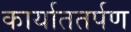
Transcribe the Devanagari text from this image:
कार्याततर्पण